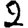
Digit: 2